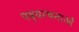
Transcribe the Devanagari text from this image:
पद्यरचनाओं